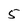
Character: 5